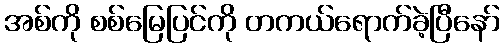
အစ်ကို စစ်မြေပြင်ကို တကယ်ရောက်ခဲ့ပြီနော်